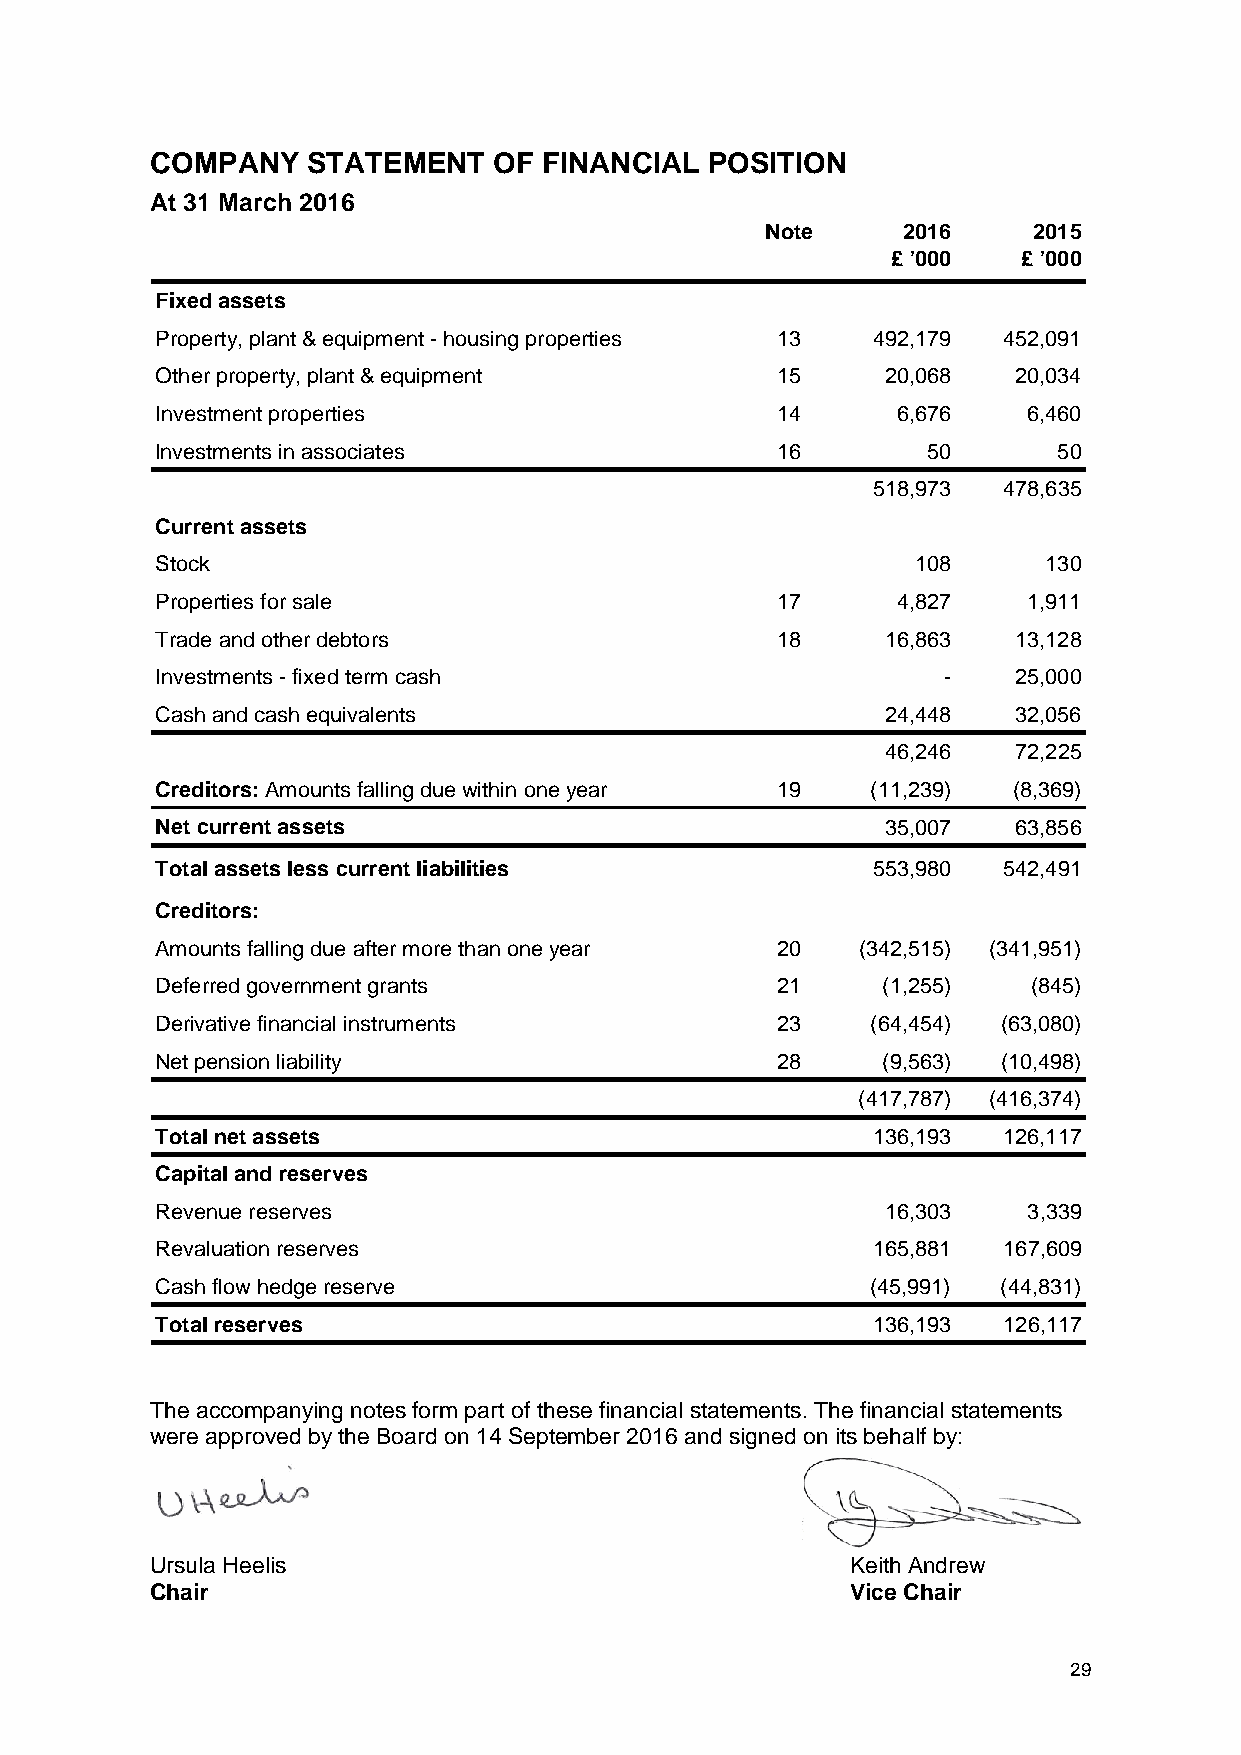
COMPANY   STATEMENT    OF FINANCIAL  POSITION
 At 31 March 2016
 Note     2016    2015
 £ ’000   £ ’000
 Fixed assets
 Property, plant & equipment - housing properties 13 492,179 452,091
 Other property, plant & equipment        15      20,068  20,034
 Investment properties                    14      6,676    6,460
 Investments in associates                16        50       50
 518,973 478,635
 Current assets
 Stock                                              108     130
 Properties for sale                      17      4,827    1,911
 Trade and other debtors                  18      16,863  13,128
 Investments - fixed term cash                       -    25,000
 Cash and cash equivalents                        24,448  32,056
 46,246  72,225
 Creditors: Amounts falling due within one year 19 (11,239) (8,369)
 Net current assets                               35,007  63,856
 Total assets less current liabilities           553,980 542,491
 Creditors:
 Amounts falling due after more than one year 20 (342,515) (341,951)
 Deferred government grants               21     (1,255)   (845)
 Derivative financial instruments         23     (64,454) (63,080)
 Net pension liability                    28     (9,563) (10,498)
 (417,787) (416,374)
 Total net assets                                136,193 126,117
 Capital and reserves
 Revenue reserves                                 16,303   3,339
 Revaluation reserves                            165,881 167,609
 Cash flow hedge reserve                         (45,991) (44,831)
 Total reserves                                  136,193 126,117
 The accompanying notes form part of these financial statements. The financial statements
 were approved by the Board on 14 September 2016 and signed on its behalf by:
 Ursula Heelis                                 Keith Andrew
 Chair                                         Vice Chair
 29